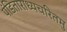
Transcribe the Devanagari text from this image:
पंडिताराध्यचरितमु